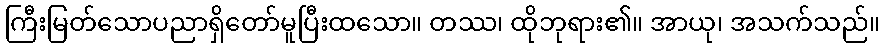
ကြီးမြတ်သောပညာရှိတော်မူပြီးထသော။ တဿ၊ ထိုဘုရား၏။ အာယု၊ အသက်သည်။